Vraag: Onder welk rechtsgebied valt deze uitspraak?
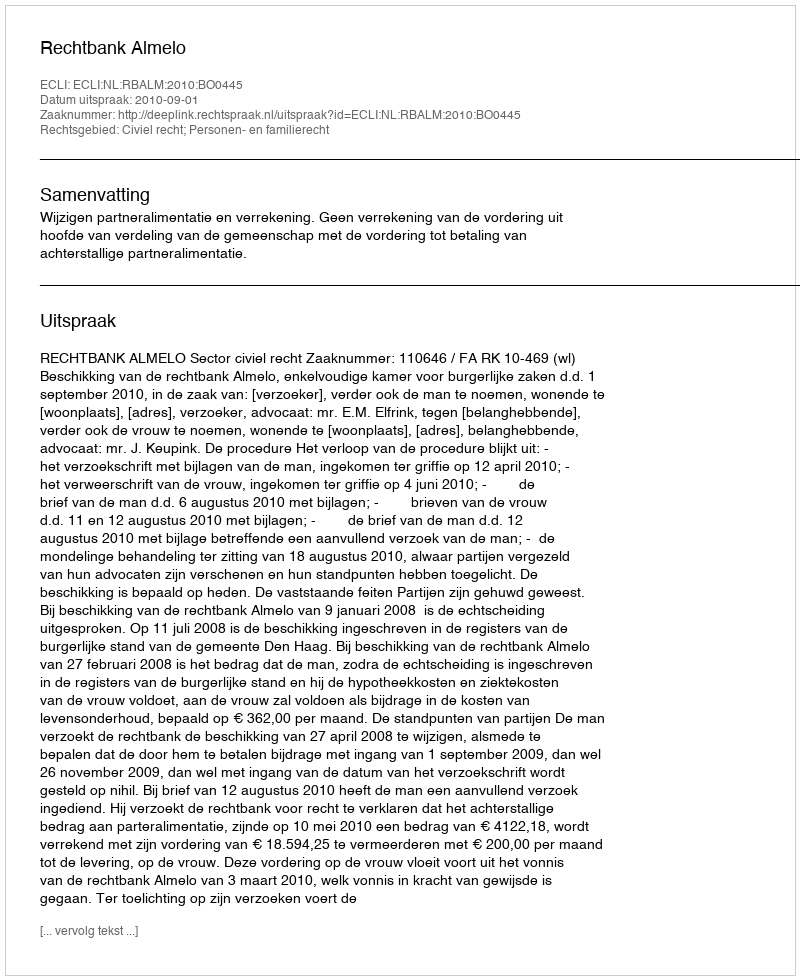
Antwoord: Civiel recht; Personen- en familierecht